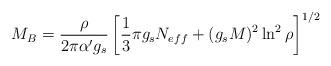
LaTeX: \begin{align*}M_B = \frac{\rho}{2\pi \alpha' g_s} \left[ \frac{1}{3}\pi g_sN_{eff} + (g_sM)^2\ln^2\rho \right]^{1/2}\end{align*}